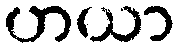
ဟယာ